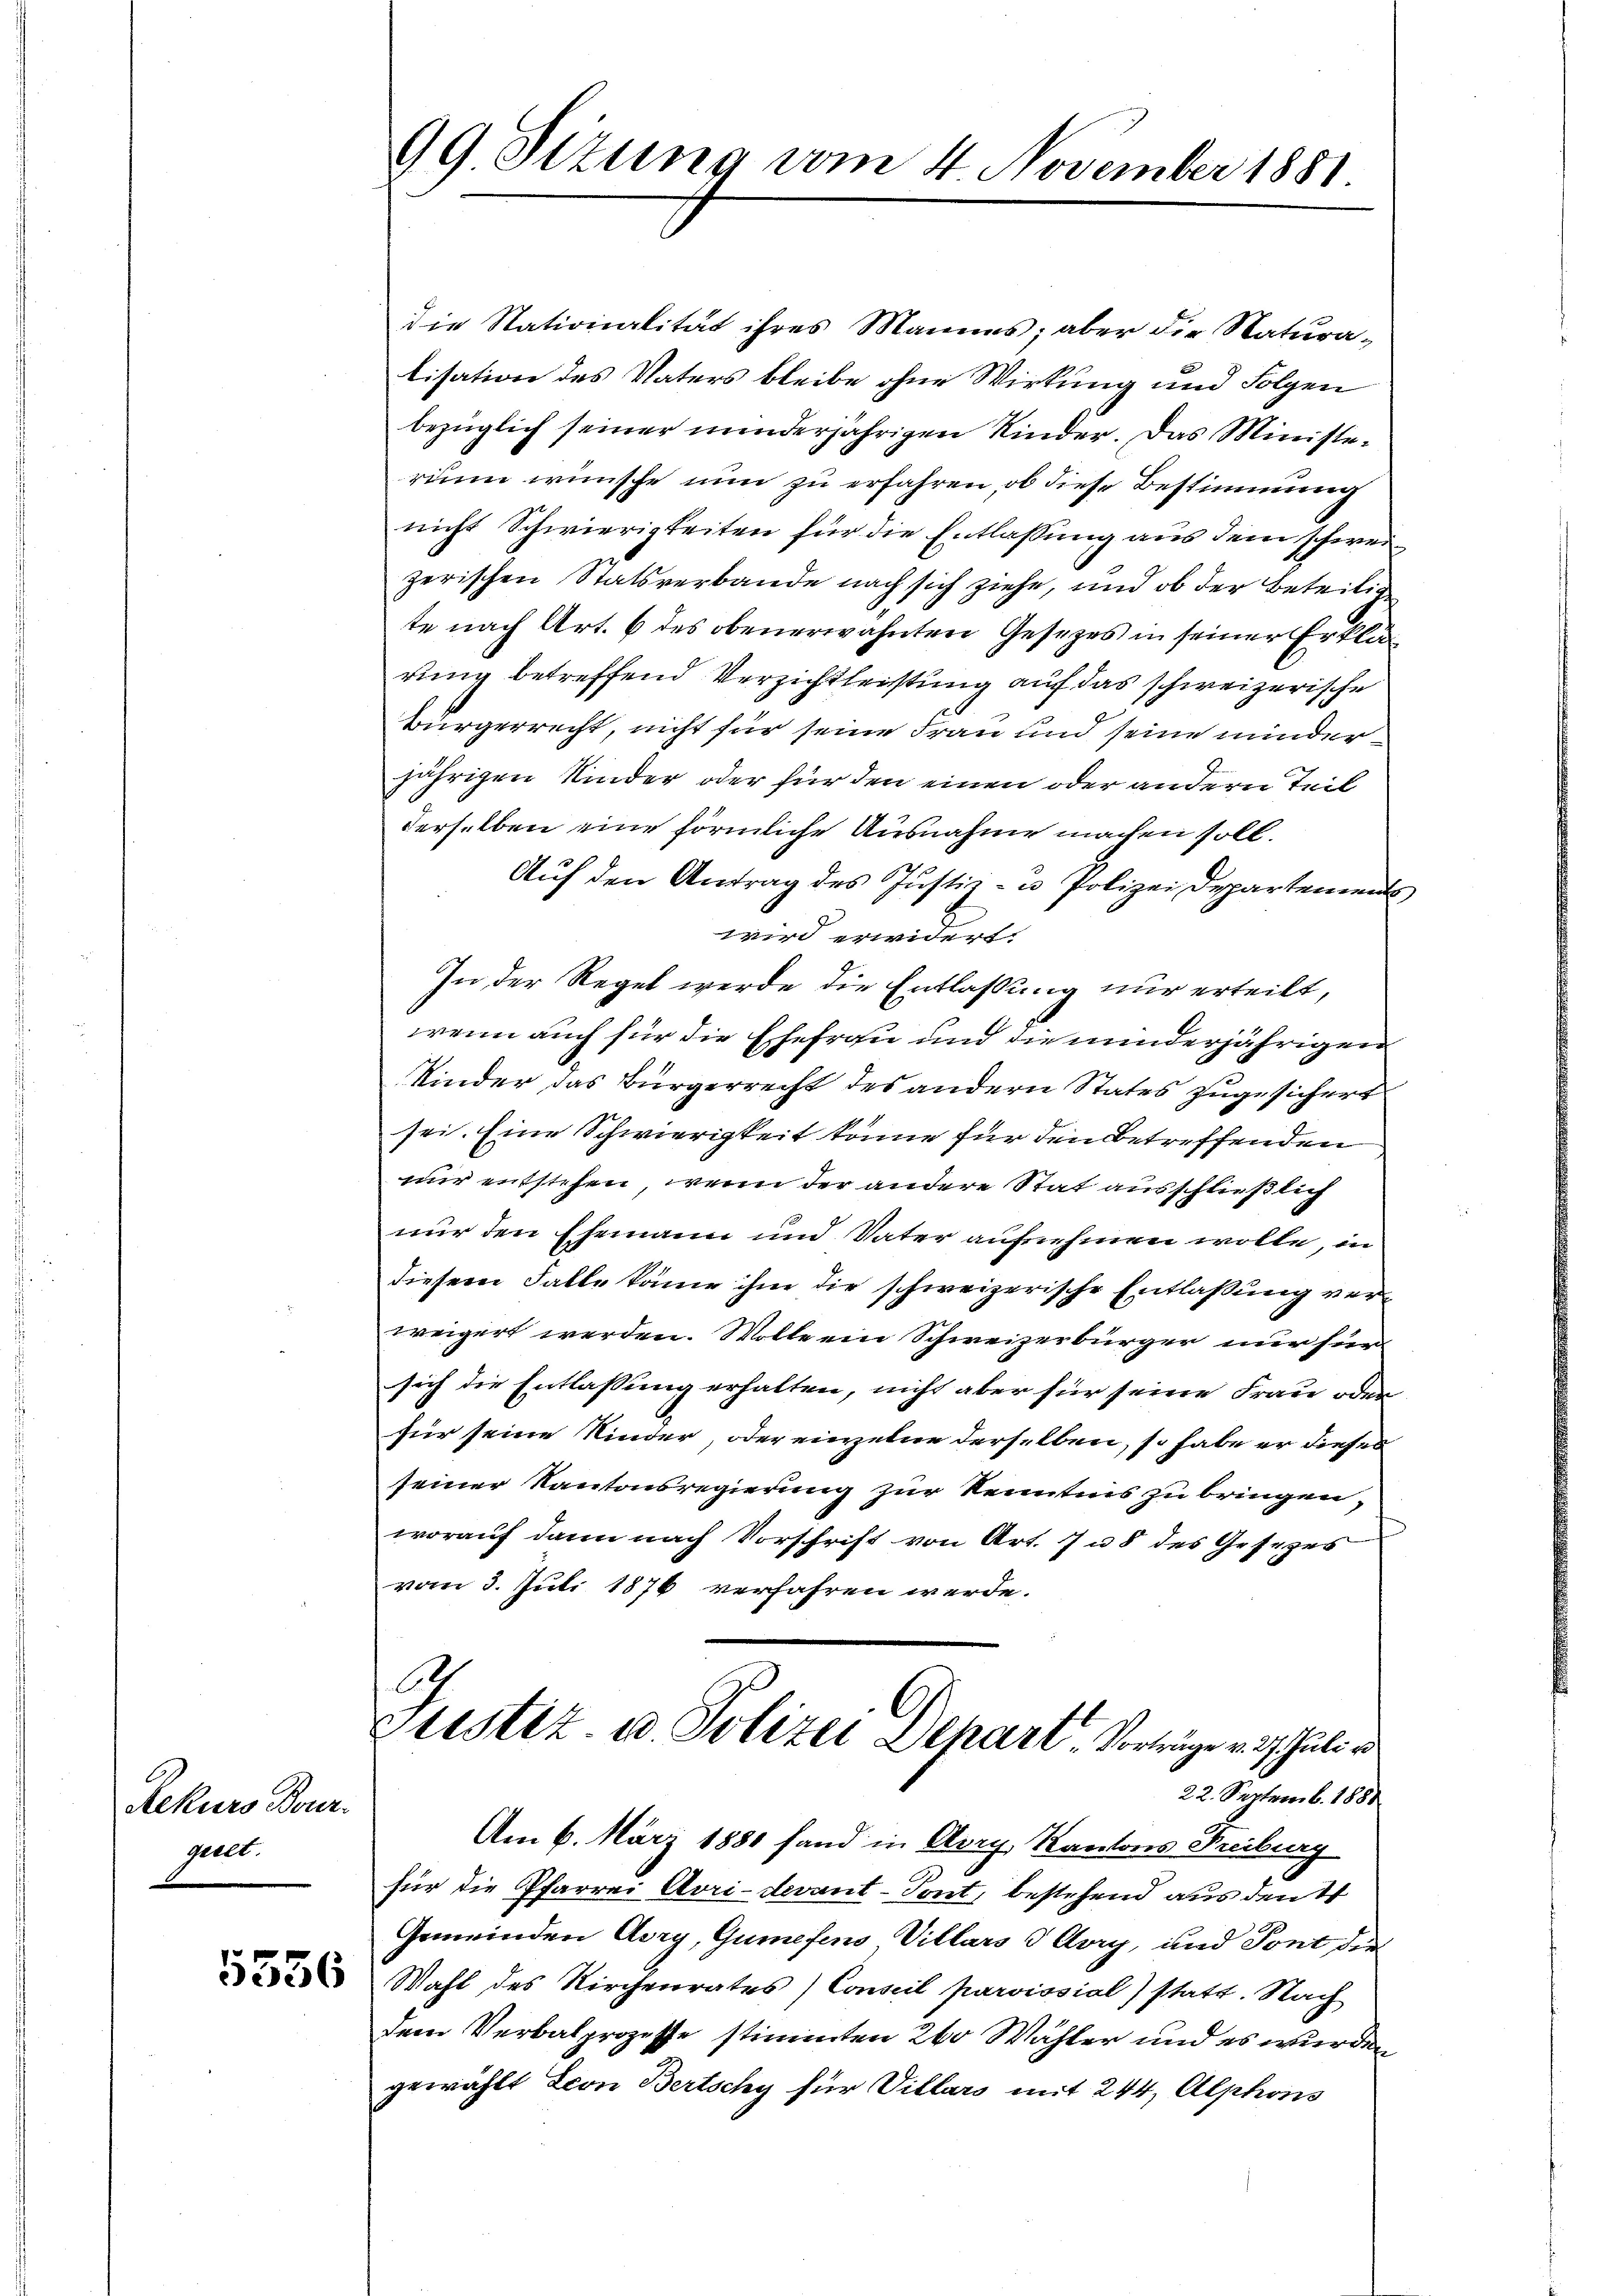
Rekurs Bour.
geelt.

5536

99 Sizung vom 4 November 1881.

die Stationalität ihres Mannes; aber die Naturalisation des Vaters bleibe ohne Wirkung und Folgen
bezüglich seiner minderjährigen Kinder. Das Ministerium wünsche nun zu erfahren, ob diese Bestimmung
nicht Schwierigkeiten für die Entlassung aus dem schweizerischen Statsverbande nach sich ziehe, und ob der Beteilig
te nach Art. 6 des obenerwähnten Gesezes in seiner Erklärung betreffend Verzichtleistung auf das schweizerische
bürgerrecht, nicht für seine Frau und seine minderjährigen Kinder oder für den einen oder andern Teil
derselben eine förmliche Ausnahme machen soll.
Aŭf den Antrag des Justiz- u. Polizei Departements
wird erwidert.
In der Regel werde die Entlassung nur erteilt,
wenn auch für die Ehefrau und die minderjährigen
Kinder das Bürgerrecht des andern States zugesichert
sei. Eine Schwierigkeit könne für den betreffenden
nur entstehen, wenn der andere Stat ausschließlich
nur den Ehemann und Vater aufnehmen wolle, in
diesem Falle käme ihm die schweizerische Entlaßung verweigert werden. Wolle ein Schweizerbürger nur sien
sich die Entlassung erhalten, nicht aber für seine Frau oder
für seine Kinder, oder einzelne derselben, so habe er dieses
seiner Kantonsregierung zur Kenntnis zu bringen,
worauf dann nach Vorschrift von Art. 78 des Gesezes
vom 3. Juli 1876 verfahren werde.
A
zlistiz & Polizei Depart, Vorträge v. 3. Juli
22. Septemb. 1881
Am 6. März 1880 fand in Arry, Kantons Freiburg
für die Pfarrei Avri-devant-Tont, bestehend aus denkt
Gemeinden Aury, Gumefens Villars & Arry, und Pont die
Wahl des Kirchenrates) Conseil paroissial) statt. Nach
dem Verbalprozesse stimmten 260 Wähler und es wurden
gewählt Leon Bertschy für Villars mit 244, Alphons